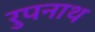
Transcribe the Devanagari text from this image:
रुपनाथ